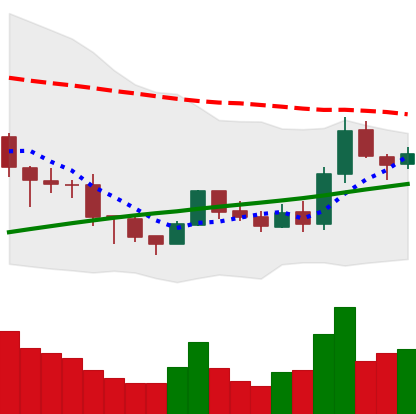
Ticker: BNB-USD
Chart end date: 2019-08-11
Forward return: -8.027%
Label: down_7plus